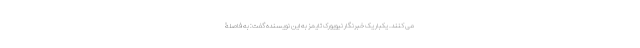
می کنند. یکبار یک خبرنگار نیویورک تایمز به این نویسنده گفت: به فاصلۀ